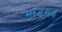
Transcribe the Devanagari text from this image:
माड़मड़